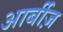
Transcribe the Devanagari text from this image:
आर्बीज़